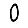
Digit: 0